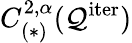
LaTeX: C_{(\ast)}^{2,\alpha}(\mathcal{Q}^{\mathrm{iter}})